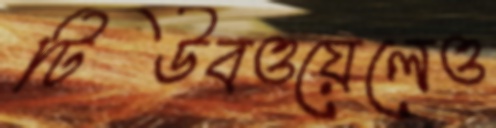
টিউবওয়েলেও